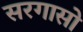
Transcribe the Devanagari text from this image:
सरगासो